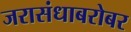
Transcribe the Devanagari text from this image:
जरासंधाबरोबर